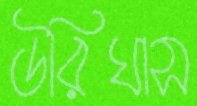
উরিঘাস